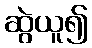
ဆွဲယူ၍